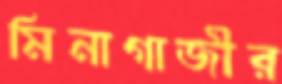
মিনাগাজীর